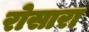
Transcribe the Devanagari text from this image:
रोसारा